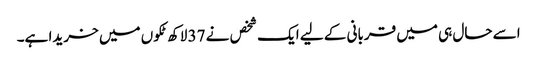
اسے حال ہی میں قربانی کے لیے ایک شخص نے 37 لاکھ ٹکوں میں خریدا ہے۔